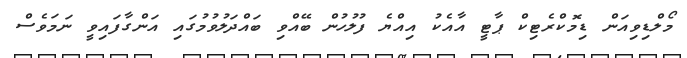
މޯލްޑިވިއަން ޑިމޮކްރެޓިކް ޕާޓީ އާއެކު އިއްޔެ ފުލުހުން ބޭއްވި ބައްދަލުވުމުގައި އަންގާފައިވީ ނަމަވެސް